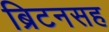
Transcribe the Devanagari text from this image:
ब्रिटनसह